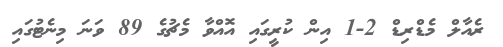
ރެއާލް މެޑްރިޑް 2-1 އިން ކުރީގައި އޮއްވާ މެޗުގެ 89 ވަނަ މިނެޓުގައި